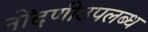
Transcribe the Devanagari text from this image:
नोंदणीउपलब्ध